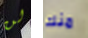
لن منك